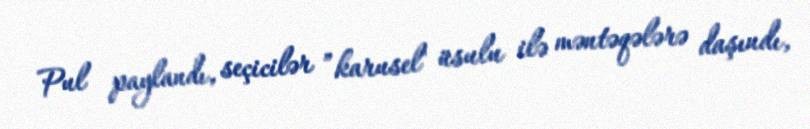
Pul paylandı, seçicilər ”karusel" üsulu ilə məntəqələrə daşındı,